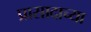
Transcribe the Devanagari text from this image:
प्रासादाच्या